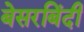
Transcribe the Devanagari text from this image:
बेसरबिंदी